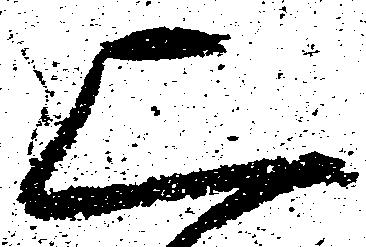
上